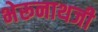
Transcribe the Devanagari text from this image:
भेरूनाथजी